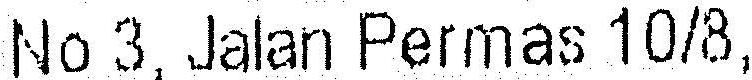
NO 3, JALAN PERMAS 10/8,